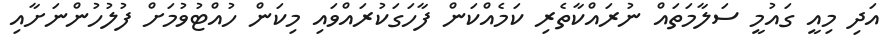
އަދި މިއީ ގައުމީ ސަލާމަތައް ނުރައްކާތެރި ކަމެއްކަން ފާހަގަކުރައްވައި މިކަން ހުއްޓުވުމަށް ފުލުހުންނަށާއި